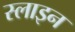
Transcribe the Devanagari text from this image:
स्लाइन